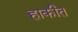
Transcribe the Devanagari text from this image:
हाकीत